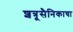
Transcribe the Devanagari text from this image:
शत्रूसैनिकाचा